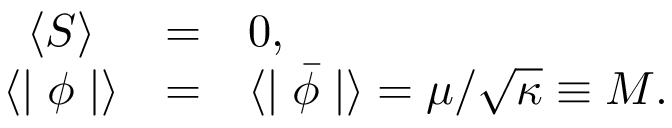
\begin{array} { c c l } { { \langle S \rangle } } & { { = } } & { { 0 , } } \\ { { \langle \mid \phi \mid \rangle } } & { { = } } & { { \langle \mid \bar { \phi } \mid \rangle = \mu / \sqrt { \kappa } \equiv M . } } \end{array}